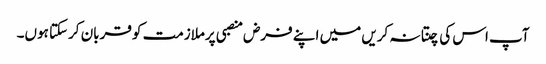
آپ اس کی چنتا نہ کریں میں اپنے فرض منصبی پرملازمت کو قربان کرسکتا ہوں۔